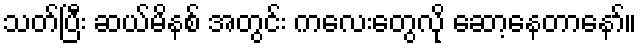
သတ်ပြီး ဆယ်မိနစ် အတွင်း ကလေးတွေလို ဆော့နေတာနော်။